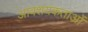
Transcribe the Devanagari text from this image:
आवशयकताओं